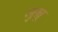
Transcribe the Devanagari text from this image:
जुन्नू